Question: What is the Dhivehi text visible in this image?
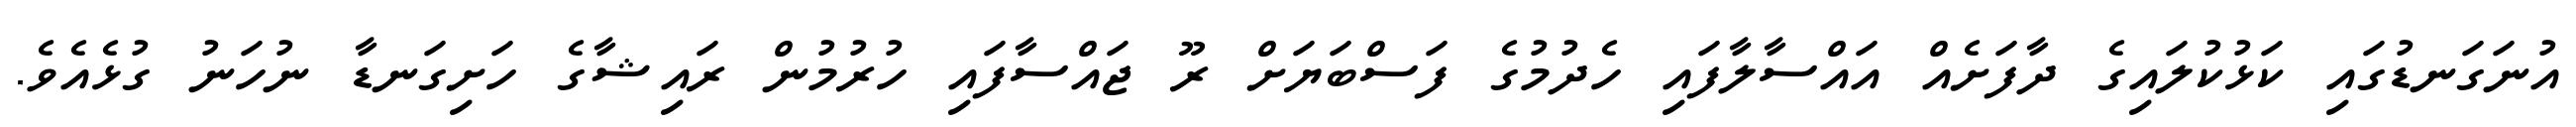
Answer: އުނަގަނޑުގައި ކަޅުކުލައިގެ ދާފަށެއް އައްސާލާފައި ހެދުމުގެ ފަސްބަޔަށް ރޫ ޖައްސާފައި ހުރުމުން ރައިޝާގެ ހަށިގަނޑާ ނުހަނު ގުޅެއެވެ.